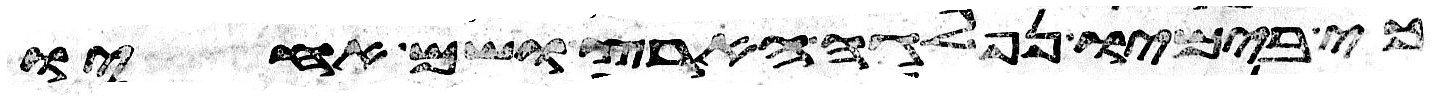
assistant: כי בימיו נפלגה הארץ ושם אחיו